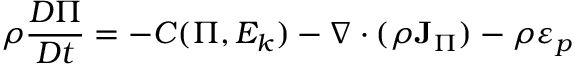
\rho \frac { D \Pi } { D t } = - C ( \Pi , E _ { k } ) - \nabla \cdot ( \rho { \bf J } _ { \Pi } ) - \rho \varepsilon _ { p }